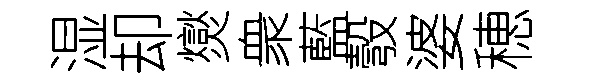
湿却爕衆藍彀婆穂